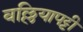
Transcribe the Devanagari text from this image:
वल्लियापट्टी